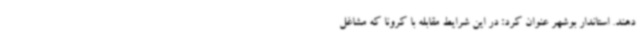
دهند. استاندار بوشهر عنوان کرد: در این شرایط مقابله با کرونا که مشاغل